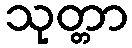
သုတ္တာ